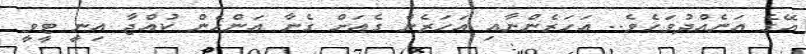
އޭގެ އަނެއްދުވަހެވެ.. އަހަރެންނާއި އަހަރެން ގެއަށް ގެނާ އަންހެން ކުއްޖާ އިނީ ޓީވީ